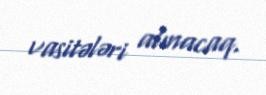
vasitələri alınacaq.